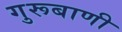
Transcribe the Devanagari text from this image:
गुरूबाणी